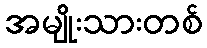
အမျိုးသားတစ်